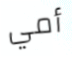
أمي